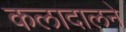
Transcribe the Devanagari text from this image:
कलादालने